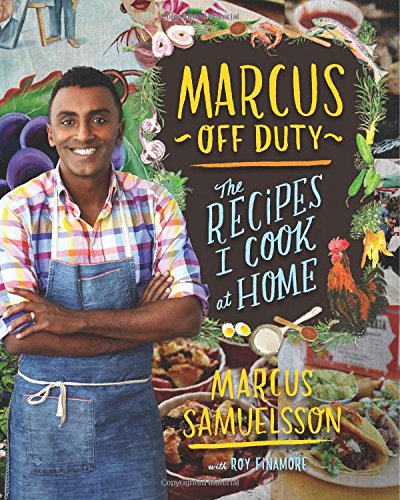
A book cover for Marcus Off Duty: The Recipes I Cook at Home; Marcus Samuelsson; Cookbooks, Food & Wine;